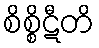
စိစ္စိဋီတိ